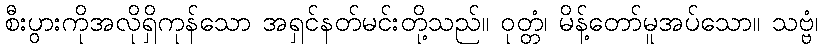
စီးပွားကိုအလိုရှိကုန်သော အရှင်နတ်မင်းတို့သည်။ ဝုတ္တံ၊ မိန့်တော်မူအပ်သော။ သဗ္ဗံ၊